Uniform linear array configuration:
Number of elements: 64
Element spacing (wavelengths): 0.25
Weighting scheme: uniform
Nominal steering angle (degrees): -30
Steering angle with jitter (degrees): -29.71
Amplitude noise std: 0.05
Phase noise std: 0.05

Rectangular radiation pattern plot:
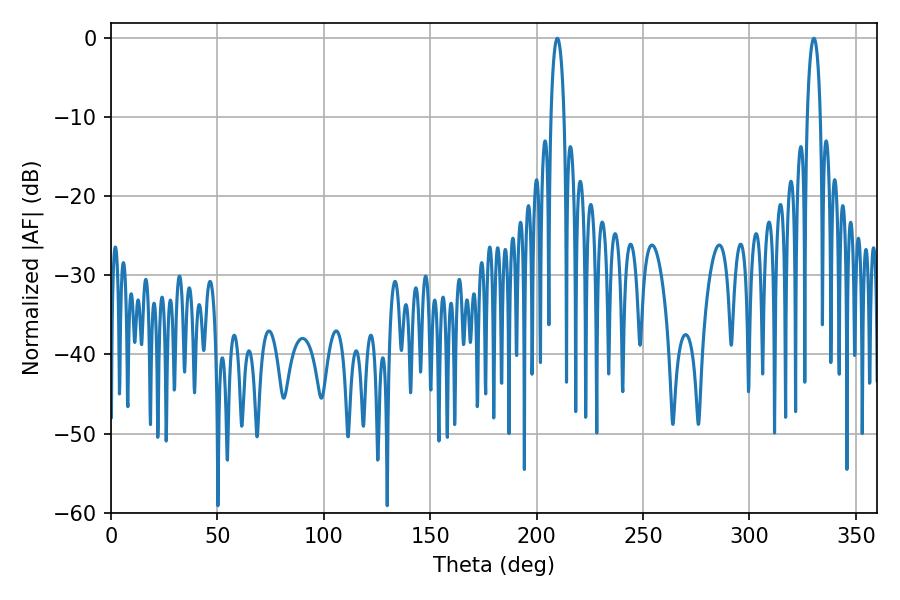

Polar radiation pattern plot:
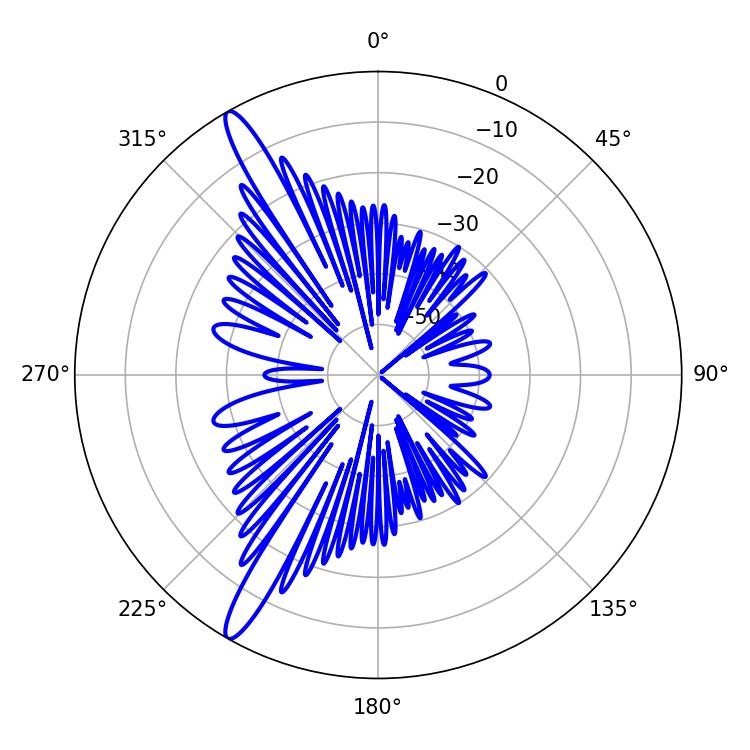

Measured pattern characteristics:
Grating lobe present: FALSE
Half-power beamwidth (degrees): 3.42
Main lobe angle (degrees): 209.7